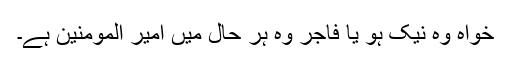
خواہ وہ نیک ہو یا فاجر وہ ہر حال میں امیر المومنین ہے۔